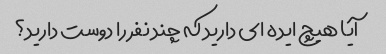
آیا هیچ ایده ای دارید که چند نفر را دوست دارید؟